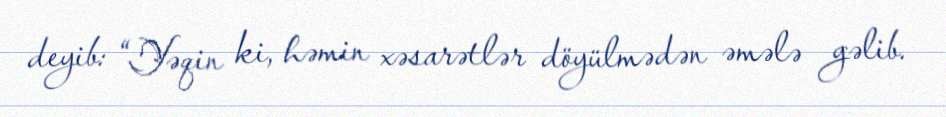
deyib: “Yəqin ki, həmin xəsarətlər döyülmədən əmələ gəlib.